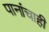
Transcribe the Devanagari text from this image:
पानांचाही